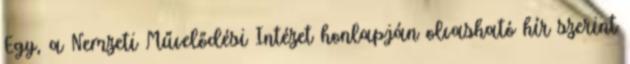
Egy, a Nemzeti Művelődési Intézet honlapján olvasható hír szerint